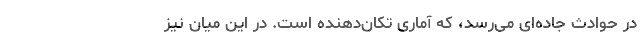
در حوادث جاده‌ای می‌رسد، که آماری تکان‌دهنده است. در این میان نیز